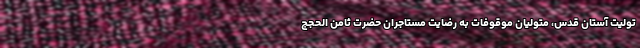
تولیت آستان قدس، متولیان موقوفات به رضایت مستاجران حضرت ثامن الحجج